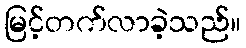
မြင့်တက်လာခဲ့သည်။